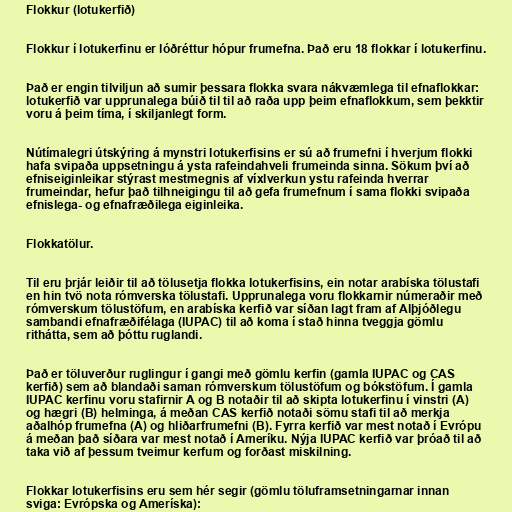
Flokkur (lotukerfið)

Flokkur í lotukerfinu er lóðréttur hópur frumefna. Það eru 18 flokkar í lotukerfinu.

Það er engin tilviljun að sumir þessara flokka svara nákvæmlega til efnaflokkar:
lotukerfið var upprunalega búið til til að raða upp þeim efnaflokkum, sem þekktir
voru á þeim tíma, í skiljanlegt form.

Nútímalegri útskýring á mynstri lotukerfisins er sú að frumefni í hverjum flokki
hafa svipaða uppsetningu á ysta rafeindahveli frumeinda sinna. Sökum því að
efniseiginleikar stýrast mestmegnis af víxlverkun ystu rafeinda hverrar
frumeindar, hefur það tilhneigingu til að gefa frumefnum í sama flokki svipaða
efnislega- og efnafræðilega eiginleika.

Flokkatölur.

Til eru þrjár leiðir til að tölusetja flokka lotukerfisins, ein notar arabíska tölustafi
en hin tvö nota rómverska tölustafi. Upprunalega voru flokkarnir númeraðir með
rómverskum tölustöfum, en arabíska kerfið var síðan lagt fram af Alþjóðlegu
sambandi efnafræðifélaga (IUPAC) til að koma í stað hinna tveggja gömlu
rithátta, sem að þóttu ruglandi.

Það er töluverður ruglingur í gangi með gömlu kerfin (gamla IUPAC og CAS
kerfið) sem að blandaði saman rómverskum tölustöfum og bókstöfum. Í gamla
IUPAC kerfinu voru stafirnir A og B notaðir til að skipta lotukerfinu í vinstri (A)
og hægri (B) helminga, á meðan CAS kerfið notaði sömu stafi til að merkja
aðalhóp frumefna (A) og hliðarfrumefni (B). Fyrra kerfið var mest notað í Evrópu
á meðan það síðara var mest notað í Ameríku. Nýja IUPAC kerfið var þróað til að
taka við af þessum tveimur kerfum og forðast miskilning.

Flokkar lotukerfisins eru sem hér segir (gömlu töluframsetningarnar innan
sviga: Evrópska og Ameríska):